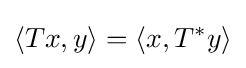
\langle Tx,y\rangle =\langle x,T^{*}y\rangle